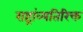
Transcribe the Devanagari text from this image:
राष्ट्रांव्यतिरिक्त